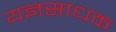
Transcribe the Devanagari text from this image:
यज्ञसाधक